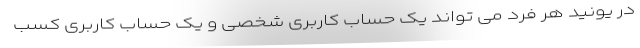
در یونید هر فرد می تواند یک حساب کاربری شخصی و یک حساب کاربری کسب